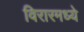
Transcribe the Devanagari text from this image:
विरारमध्ये